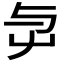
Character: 𡴃